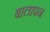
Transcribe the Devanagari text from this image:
बालापन